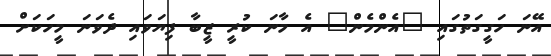
އޭނަ ހަގީގަތުގައި "އެންމެން" އެ މާނަ ކުރީ ޒީބާ ފިޔަވައި ދެވަނަ މީހަކަށް